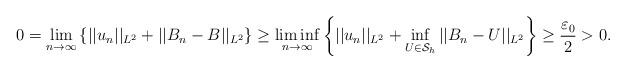
LaTeX: \begin{align*}0=\lim_{n\to\infty}\left\{ ||u_n||_{L^{2}}+||B_n-B||_{L^{2}} \right\} \geq\liminf_{n\to\infty}\left\{ ||u_n||_{L^{2}}+\inf_{U\in {\mathcal{S}}_h}||B_n-U||_{L^{2}}\right\}\geq \frac{\varepsilon_0}{2}>0.\end{align*}